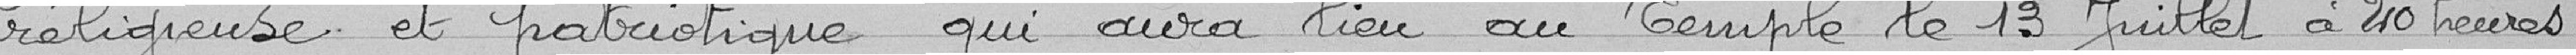
religieuse et patriotique qui aura lieu au Temple le 13 Juiller à 20 heures.